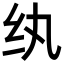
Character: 纨